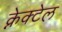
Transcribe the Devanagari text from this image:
क्नेक्टेल